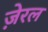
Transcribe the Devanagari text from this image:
ज़ेरल